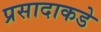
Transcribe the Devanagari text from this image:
प्रसादाकडे